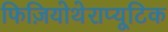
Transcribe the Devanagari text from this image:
फिज़ियोथेराप्यूटिक